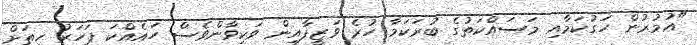
"އުމުރުން ހަގުކަމާއި މަސައްކަތުގެ ބުރަކަމާ ހުރެ ވަޒީފާއިން ވަކިވާންވެސް ހައެއްކަ ފަހަރު ހިތަށް